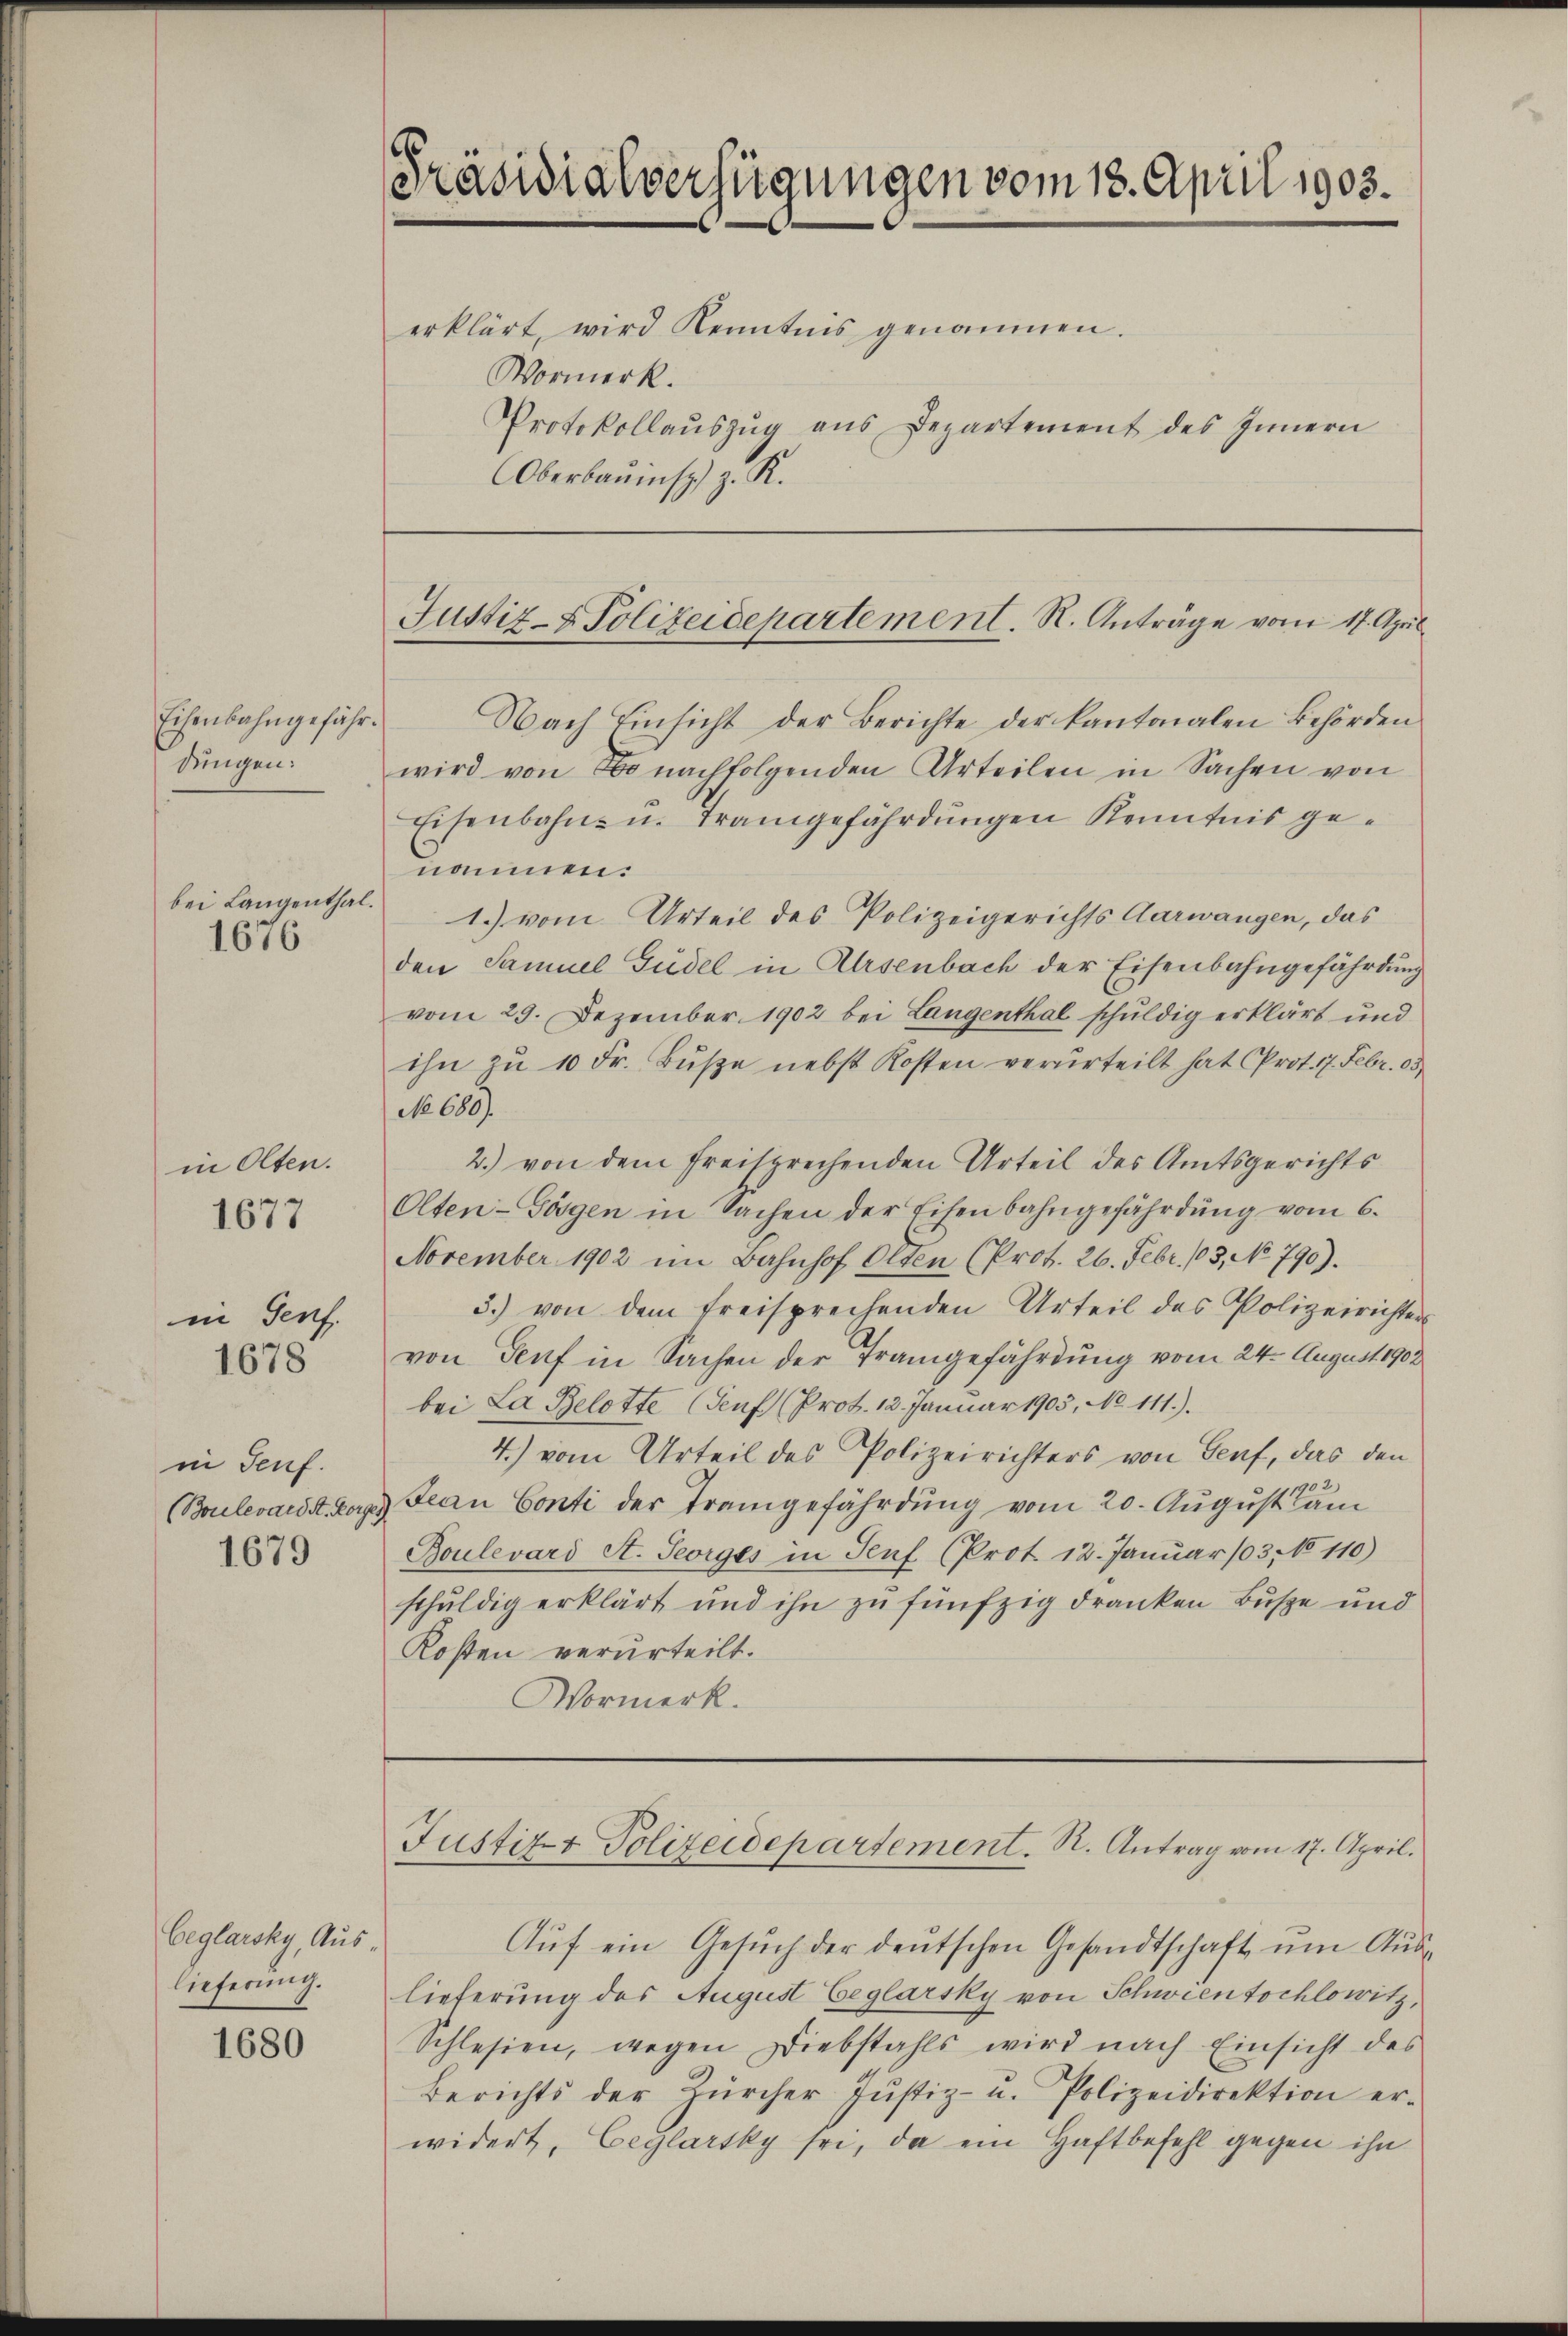
Eisenbahngefährsingen.
bei Langenthal.
1676

in Olten.
1677

in Genf.
1678

in Teuf
(Boulevard St. Vorges
1679

beglarsky, Auslieferung.

1680

Präsidialverfügungen vom 18. April 1903.
erklärt, wird Kenntnis genommen.
Vormerk.
Protokollauszug aus Departement des Innern
Oberbauins z. R.

Justiz- & Polizeidepartement. R. Anträge vom 17. April

Nach Einsicht der Berichte der kantonalen Behörden
wird von Bonachfolgenden Urteilen in Sachen von
Eisenbahn- u. Trangefährdungen Kenntnis genommen.
1.) vom Urteil des Polizeigerichts Aarwangen, das
den Samuel Gudel in Ursenbach der Eisenbahngefährdung
vom 29. Dezember 1902 bei Langenthal schuldig erklärt und
ihn zu 10 Fr. Bŭβe nebst Kosten verurteilt hat Prot. 7. Febr. 103.
No 680).
2.) von dem freisprechenden Urteil des Amtsgerichts
Olten-Görgen in Sachen der Eisenbahngefährdŭng vom 6.
November 1902 im Bahnhof Olten (Prot. 26. Febr. 103, No 790).
3.) von dem freisprechenden Urteil des Polizeirichter
von Senf in Sachen der Trangefährdung vom 24. August 1903
bei La Belotte (Genf (Prot. 12. Januar 1905, No 111.)
4.) vom Urteil des Polizeirichters von Genf, das den
02
Jean Conti der Trangefährdung vom 20. August dam
Boulevard A. Georges in Senf (Prot. 12. Januar 103, No 110)
schuldig erklärt und ihn zu fünfzig dranken Buse und
Kosten verurteilt.
Vormerk.

Justiz & Polizeidepartement. R. Antrag vom 17. April.

Aŭf ein Gesuch der deutschen Gesandtschaft um Auslieferung des August beglarsky von Schweentschlowitz,
Schlesien, wegen Diebstahls wird nach Einsicht des
Berichts der Zürcher Justiz- u. Polizeidirektion er-
widert, beglarsky sei, da ein Haftbefehl gegen ihn